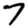
Digit: 7